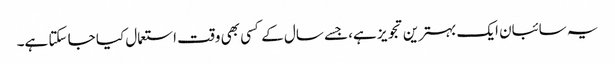
یہ سائبان ایک بہترین تجویز ہے، جسے سال کے کسی بھی وقت استعمال کیا جا سکتا ہے۔